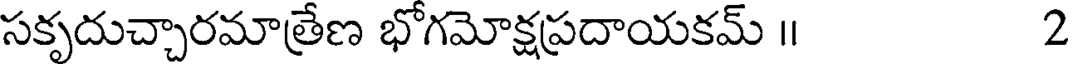
సకృదుచ్చారమాత్రేణ భోగమోక్షప్రదాయకమ్ ॥ 2